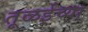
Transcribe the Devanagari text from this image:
तूळईच्या